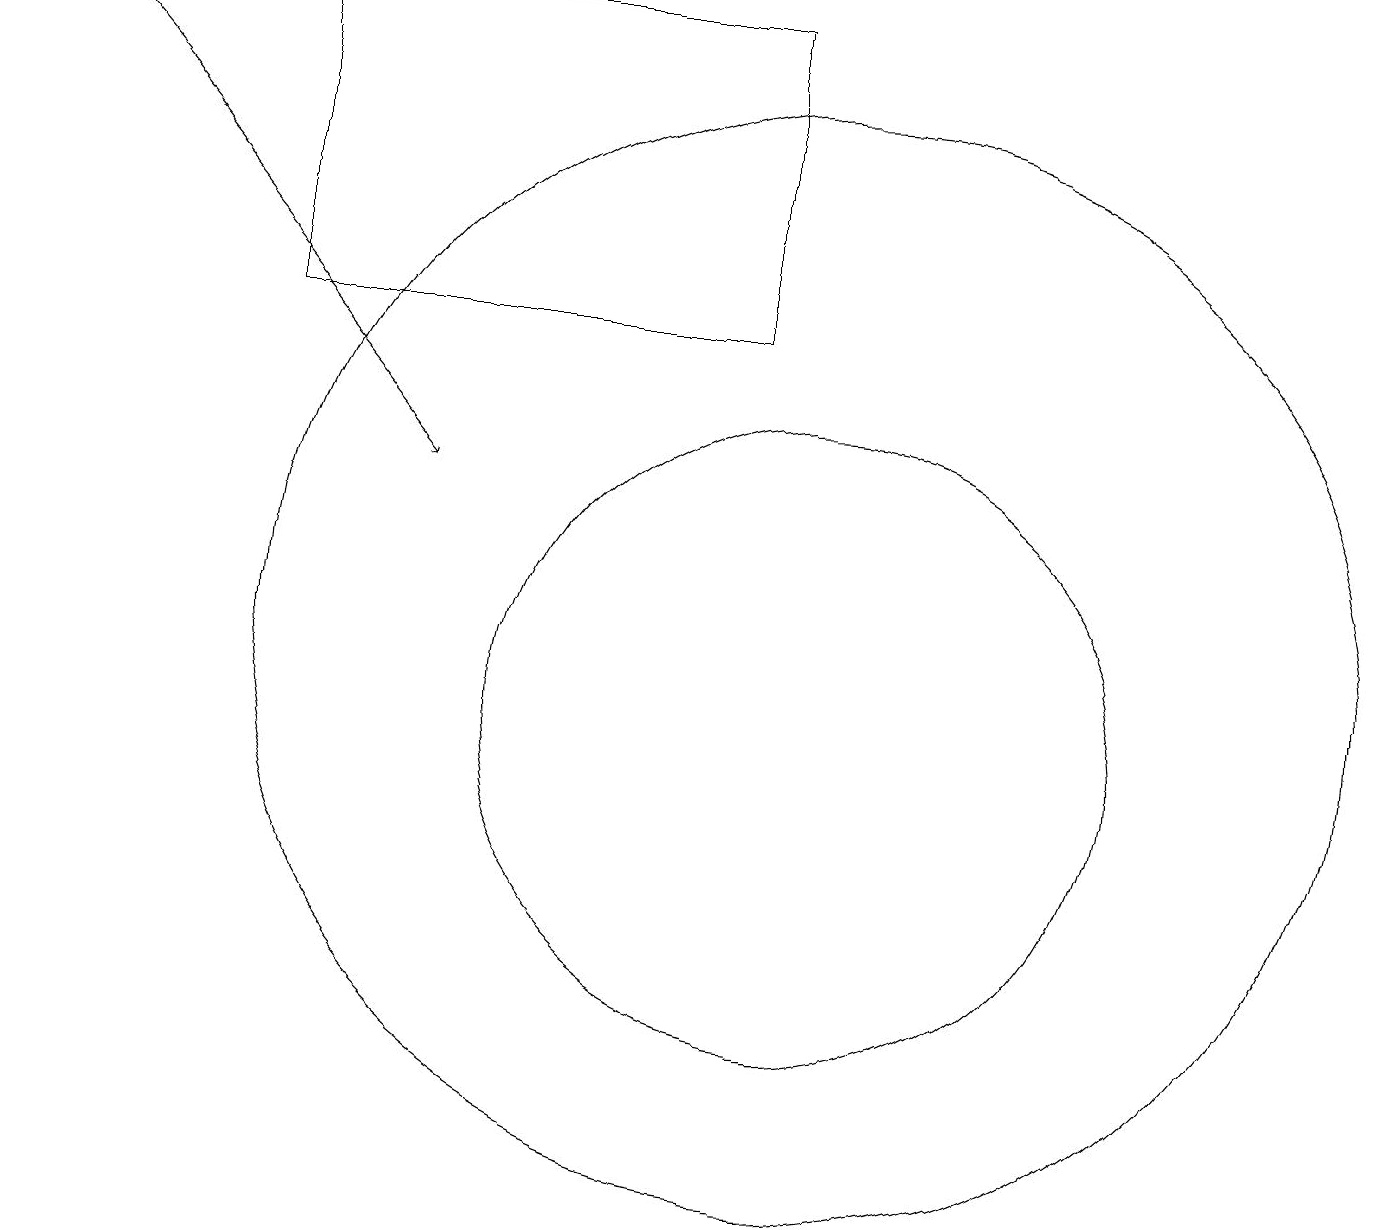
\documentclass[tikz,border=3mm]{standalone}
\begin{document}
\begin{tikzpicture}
\draw[->] (0,19) -- (5,13);
\draw (9,19) rectangle (3,15);
\draw (10,10) circle (4);
\draw (10,11) circle (7);
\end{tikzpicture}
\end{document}